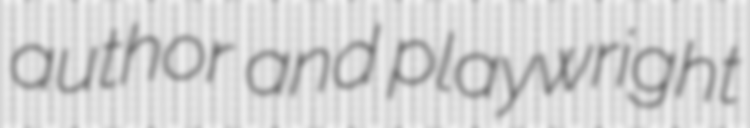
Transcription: author and playwright